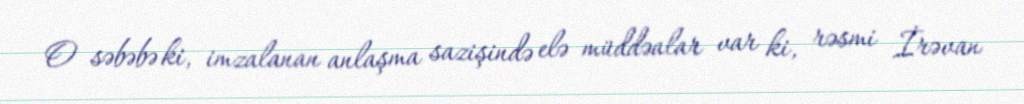
O səbəbə ki, imzalanan anlaşma sazişində elə müddəalar var ki, rəsmi İrəvan